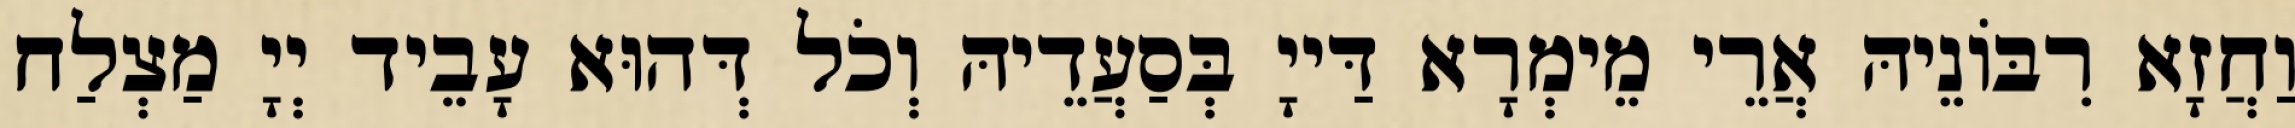
וַחֲזָא רִבּוֹנֵיהּ אֲרֵי מֵימְרָא דַּייָ בְּסַעֲדֵיהּ וְכֹל דְּהוּא עָבֵיד יְיָ מַצְלַח